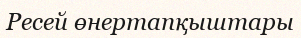
Ресей өнертапқыштары